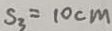
S _ { 3 } = 1 0 c m